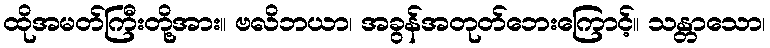
ထိုအမတ်ကြီးတို့အား။ ဗလိဘယာ၊ အခွန်အတုတ်ဘေးကြောင့်။ သန္တာသော၊